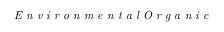
\textit { E n v i r o n m e n t a l O r g a n i c }